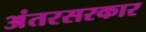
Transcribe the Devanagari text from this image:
अंतरसरकार